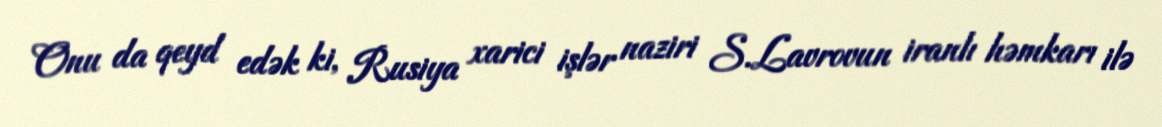
Onu da qeyd edək ki, Rusiya xarici işlər naziri S.Lavrovun iranlı həmkarı ilə